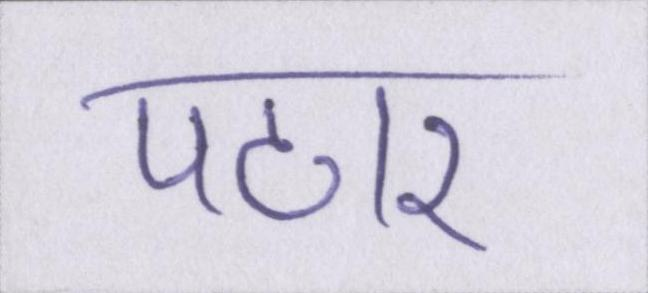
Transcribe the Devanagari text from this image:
पठार